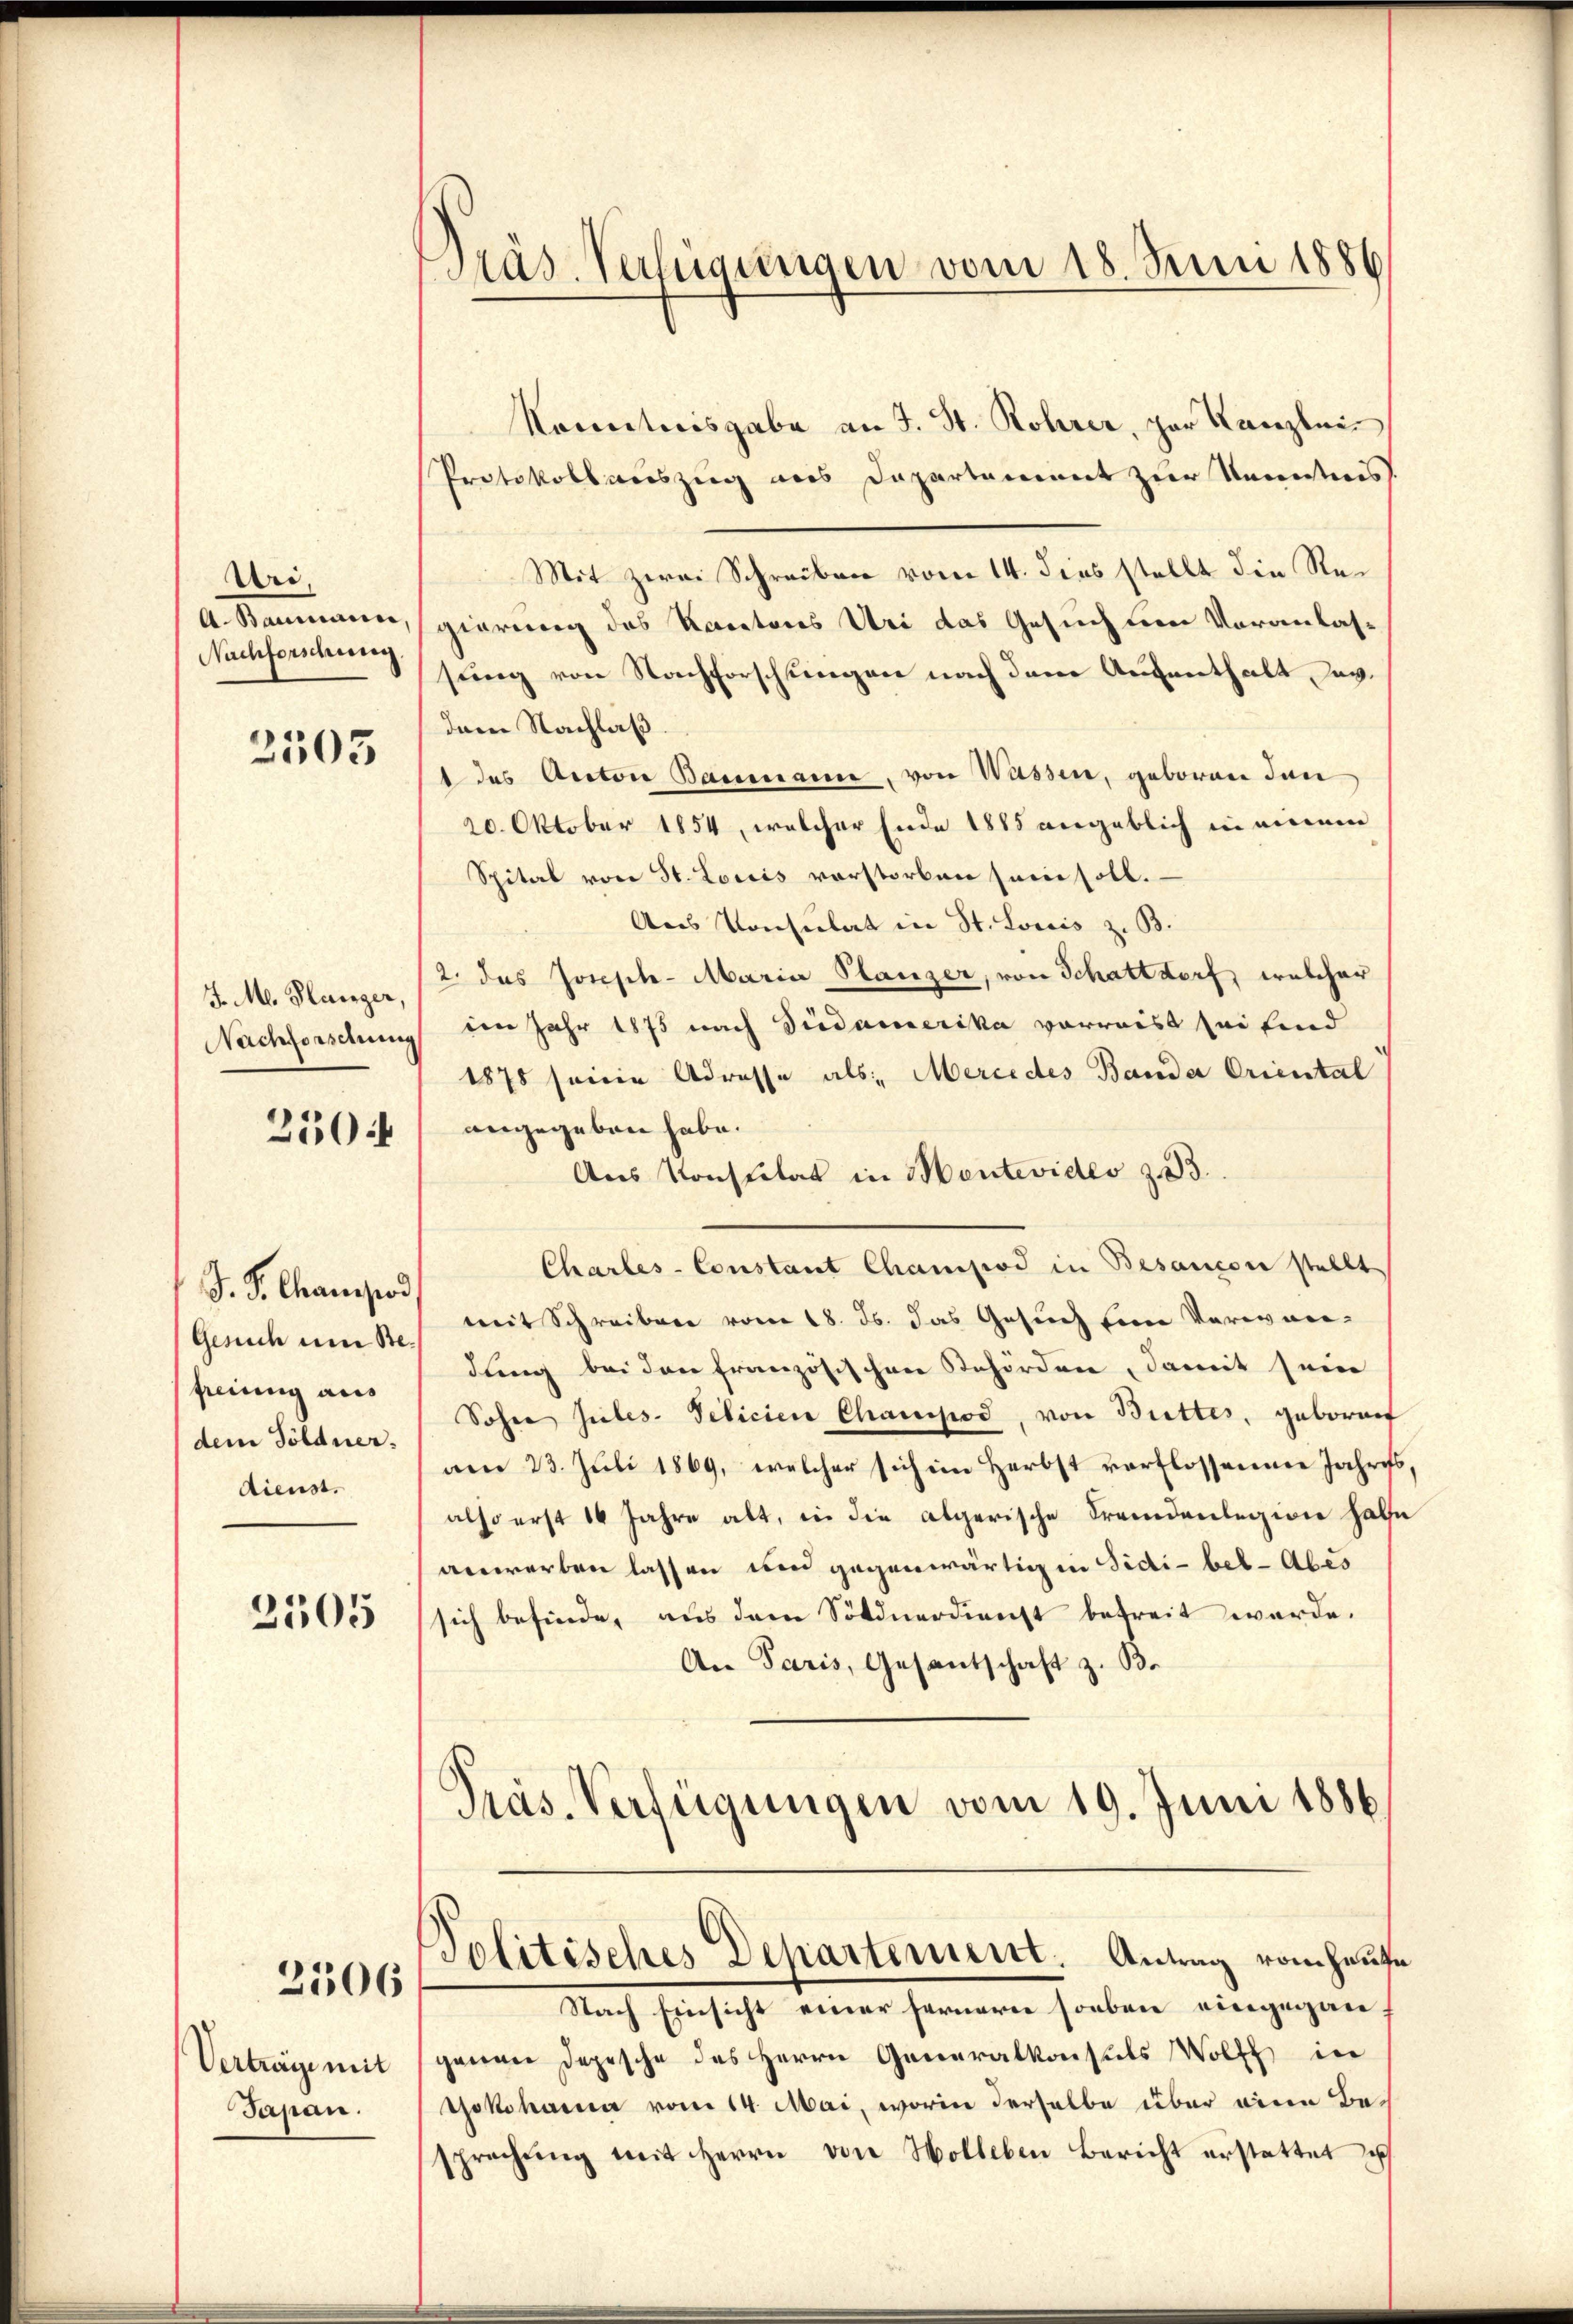
Uri,
A.Baumanica,
Nachforschung

2503

J. M. Planger,
Nachforschung

250f

S. S. Chanprod
Gesuch um Befreiung aus
dem Söldner.
dienst.

2505

2506

Verträge mit
Japan.

Präs. Verfügungen vom 18. Juni 1886

Kenntnisgabe an J. St. Rohrer, par Kanzlei
Protokollauszug aus Departement zur Unentweis.
Mit zwei Schreiben vom 14. dies stellt die Regierung des Rectores Uri das Gesuch um Voranlas-
sung von Nachforschungen nach dem Aufenthalt, dav
dem Nachlaß
1 des Anton Baumann, von Wassen, geboren den
20. Oktober 1854, welcher Ende 1885 angeblich in einem
Spital von St. Louis vorstorben sein soll.
Aus Konsulat in St. Louis z. B.
2. das Josisch-Maria Planzer, von Schattdorf, welcher
im Jahr 1875 nach Südamerika vorweist sei find
1878 seine Adresse als Mercedes Bande Oriental
angegeben habe.
Aus Konsulat in Montevideo z. 33.
Charles-Constant Champiod in Besançon stellt
mit Schreiben vom 18. Js. das Gesuch ein Verwar-
dung bei den französischen Behörden, damit seine
Sohn siles. Pelicien Chauspod, von Buttes, geboren
am 23. Juli 1869, welcher sich im Herbst verflossenen Jahres
also erst 14 Jahre alt, in die algerische Fremdenlegion halte
anwerben lassen und gegenwärtigen Sidi-bet-Abes
sich befinde, aus dem Söldnerdienst befreit werde.
An Paris, Gesantschaft z. B.
Präs-Verfügungen vom 19. Juni 1886

Politisches Departement. Antrag vom heute

Nach Einsicht einer Fernerer soeben eingegan
genen Depesche des Herrn Generalkonsuls Wolff in
Yokohama vom 14. Mai, worin derselbe über eine Besprechŭng mit Herrn von Holleben Bericht erstattet e